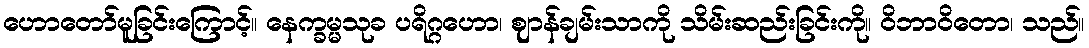
ဟောတော်မူခြင်းကြောင့်။ နေက္ခမ္မသုခ ပရိဂ္ဂဟော၊ ဈာန်ချမ်းသာကို သိမ်းဆည်းခြင်းကို။ ဝိဘာဝိတော၊ သည်။